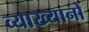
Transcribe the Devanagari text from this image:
व्याख्यानो